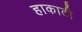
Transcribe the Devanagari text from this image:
हाकाटी